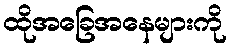
ထိုအခြေအနေများကို